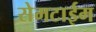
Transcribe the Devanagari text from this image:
सेमटाईम